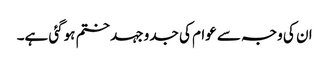
ان کی وجہ سے عوام کی جدو جہد ختم ہوگئی ہے۔